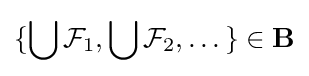
\{\bigcup {\mathcal {F}}_{1},\bigcup {\mathcal {F}}_{2},\dotsc \}\in \mathbf {B}